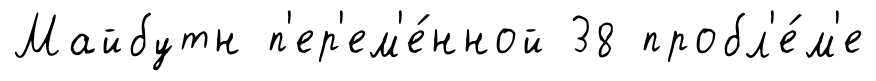
Майбутн п'ер'ем'е́нной 38 пробл'е́м'е